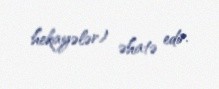
hekayələr) əhatə edir.